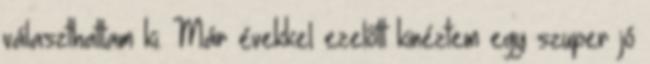
választhattam ki. Már évekkel ezelőtt kinéztem egy szuper jó